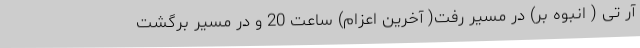
آر تی ( انبوه بر) در مسیر رفت( آخرین اعزام) ساعت 20 و در مسیر برگشت